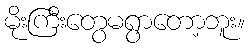
မိုးကြီးတွေမရွာတော့ဘူး။